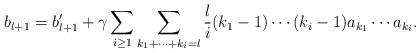
LaTeX: \begin{align*}b_{l+1}= b'_{l+1}+\gamma \sum_{i\geq 1} \sum_{k_1+\cdots+k_i=l}\frac{l}{i} (k_1-1) \cdots (k_i-1) a_{k_1} \cdots a_{k_i}.\end{align*}